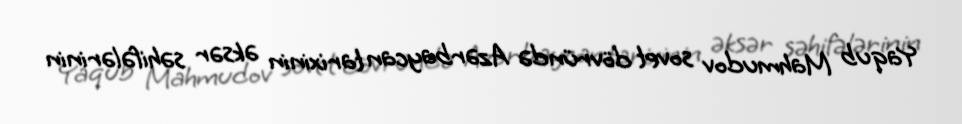
Yaqub Mahmudov sovet dövründə Azərbaycan tarixinin əksər səhifələrinin